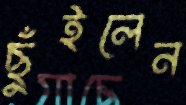
ছুঁইলেন